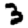
Digit: 3